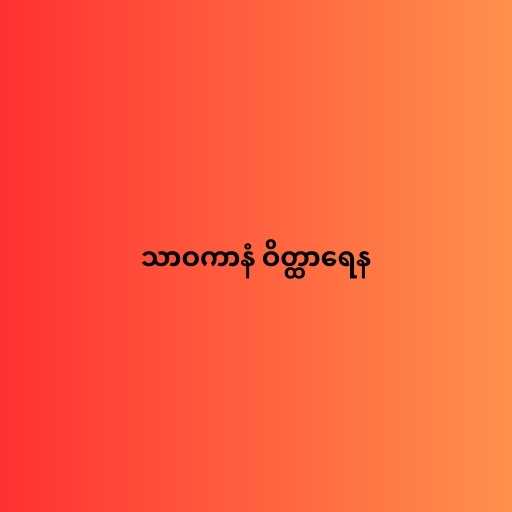
သာဝကာနံ ဝိတ္ထာရေန